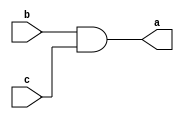
`timescale 1ns / 1ps
//////////////////////////////////////////////////////////////////////////////////
// Company: 
// 
// Design Name: 2 to 1 mux structural modeling
// Module Name: m21
// Project Name: 
// Target Devices: 
// Tool Versions: 
// Description: 
// 
// Dependencies: 
// 
// Revision:
// Revision 0.01 - File Created
// Additional Comments:
// 
//////////////////////////////////////////////////////////////////////////////////


module and_gate(output a, input b, c);
assign a = b & c;
endmodule

module not_gate(output d, input e);
assign d = ~ e;
endmodule

module or_gate(output l, input m, n);
assign l = m | n;
endmodule

module m21(Y, D0, D1, S);
output Y;
input D0, D1, S;
wire T1, T2, T3;
and_gate u1(T1, D1, S);
not_gate u2(T2, S);
and_gate u3(T3, D0, T2);
or_gate u4(Y, T1, T3);
endmodule